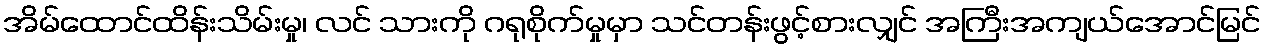
အိမ်ထောင်ထိန်းသိမ်းမှု၊ လင် သားကို ဂရုစိုက်မှုမှာ သင်တန်းဖွင့်စားလျှင် အကြီးအကျယ်အောင်မြင်